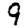
Digit: 9